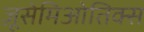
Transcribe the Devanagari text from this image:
ज़ूसेमिओतिक्स